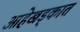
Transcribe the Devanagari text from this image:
आहेखड्कात